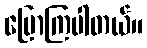
ပြောကြပါတယ်။